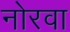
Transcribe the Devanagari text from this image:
नोरवा